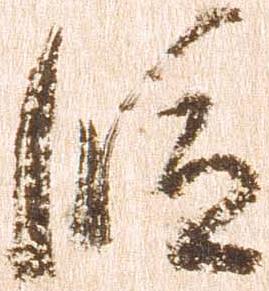
段